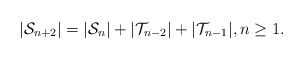
\begin{align*}|\mathcal{S}_{n+2}| = |\mathcal{S}_{n}| + |\mathcal{T}_{n-2}| + |\mathcal{T}_{n-1}|, n \geq 1.\end{align*}